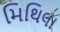
મિથિલા